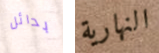
بدائل النهارية